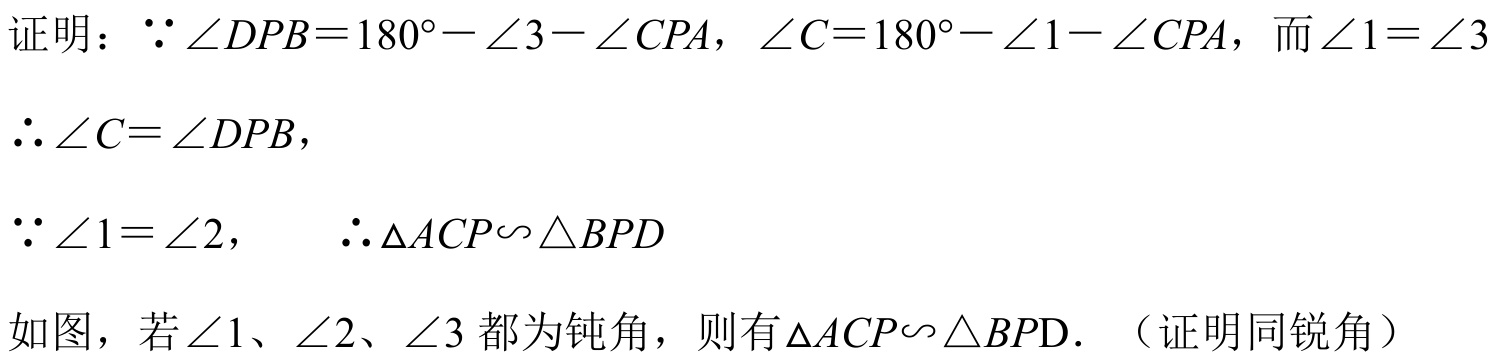
证明：\(\because \angle DPB = 180^{\circ}-\angle 3 - \angle CPA\)，\(\angle C = 180^{\circ}-\angle 1 - \angle CPA\)，而\(\angle 1=\angle 3\)
\(\therefore \angle C=\angle DPB\)，

\(\because \angle 1 = \angle 2\)，\(\therefore \triangle ACP\backsim \triangle BPD\)

如图，若\(\angle 1\)、\(\angle 2\)、\(\angle 3\)都为钝角，则有\(\triangle ACP\backsim \triangle BPD\). （证明同锐角）